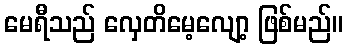
မေရီသည် လှေတိမေ့လျော့ ဖြစ်မည်။